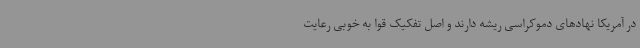
در آمریکا نهادهای دموکراسی ریشه‌ دارند و اصل تفکیک قوا به خوبی رعایت